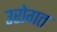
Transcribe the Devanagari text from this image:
उरोगत